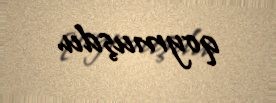
qoymuşdu.